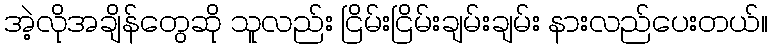
အဲ့လိုအချိန်တွေဆို သူလည်း ငြိမ်းငြိမ်းချမ်းချမ်း နားလည်ပေးတယ်။